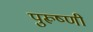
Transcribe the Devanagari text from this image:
पुरूष्णी